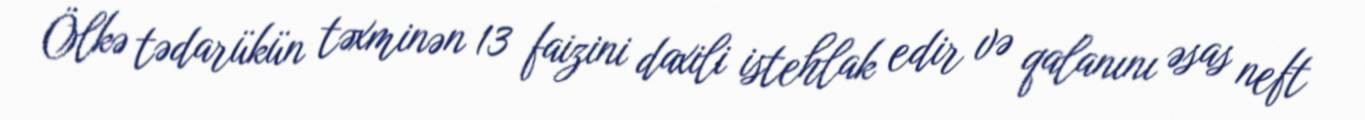
Ölkə tədarükün təxminən 13 faizini daxili istehlak edir və qalanını əsas neft